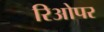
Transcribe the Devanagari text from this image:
रिओपर